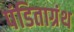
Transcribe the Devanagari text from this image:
पंडिताग्रंथ